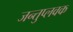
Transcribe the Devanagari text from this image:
जन्तुप्लवक